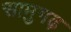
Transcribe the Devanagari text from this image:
सामुगढ़